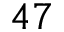
4 7